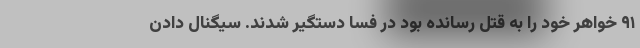
۹۱ خواهر خود را به قتل رسانده بود در فسا دستگیر شدند. سیگنال دادن